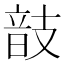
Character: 𢻕